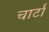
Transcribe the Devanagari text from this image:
चार्टा